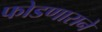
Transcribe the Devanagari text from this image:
फोडणाराने